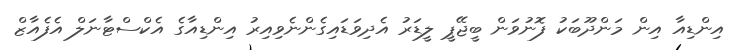
އިންޑިއާ އިން މަންދޫބަކު ފޮނުވަން ބީޖޭޕީ ލީޑަރު އެދިވަޑައިގެންނެވިއިރު އިންޑިއާގެ އެކްސްޓާނަލް އެފެއާޒް